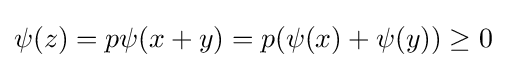
\psi (z)=p\psi (x+y)=p(\psi (x)+\psi (y))\geq 0